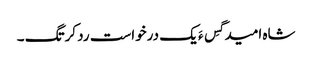
شاہ امید گِس ءَ یک درخواست رد کرتگ ۔